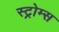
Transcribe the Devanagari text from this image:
स्ट्रोम्स